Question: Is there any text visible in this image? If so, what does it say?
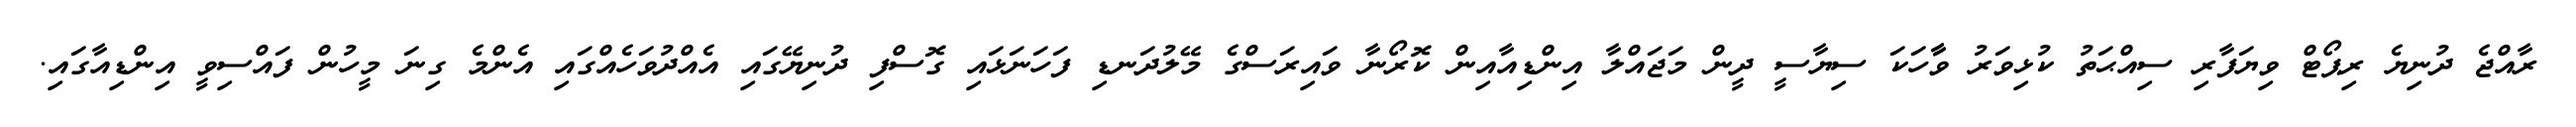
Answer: ރާއްޖެ ދުނިޔެ ރިޕޯޓް ވިޔަފާރި ސިއްޙަތު ކުޅިވަރު ވާާހަކަ ސިޔާސީ ދީން މަޖައްލާ އިންޑިއާއިން ކޮރޯނާ ވައިރަސްގެ މޭލުދަނޑި ފަހަނަޅައި ގޮސްފި ދުނިޔޭގައި އެއްދުވަހެއްގައި އެންމެ ގިނަ މީހުން ފައްސިވީ އިންޑިއާގައި.